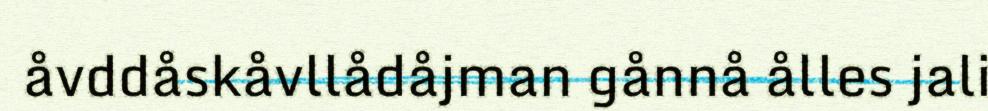
åvddåskåvllådåjman gånnå ålles jali